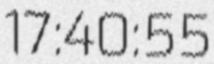
17:40:55